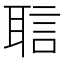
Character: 𬚝